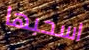
اسحبها